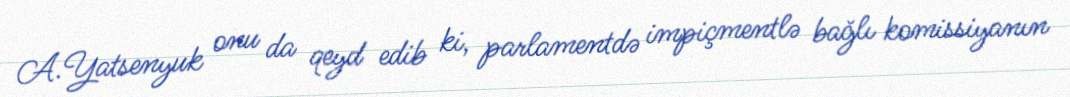
A.Yatsenyuk onu da qeyd edib ki, parlamentdə impiçmentlə bağlı komissiyanın